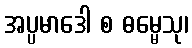
အပ္ပမာဒေါ စ ဓမ္မေသု၊